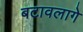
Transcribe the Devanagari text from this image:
बटावलागे